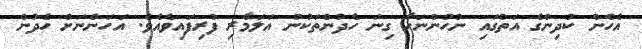
އެހެން ކުދިންގެ އަތުގައި ނުހުންނަހާ ގިނަ ހެދުންތަކުން އަލަމާރި ފުރިފައިވެއެވެ. އަހަންނަށް ހެދުން